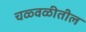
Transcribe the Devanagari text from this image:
चळ्वळीतील